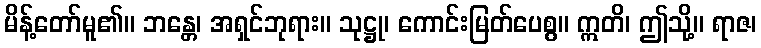
မိန့်တော်မူ၏။ ဘန္တေ၊ အရှင်ဘုရား။ သုဋ္ဌု၊ ကောင်းမြတ်ပေစွ။ ဣတိ၊ ဤသို့။ ရာဇ၊